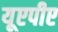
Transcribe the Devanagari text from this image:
यूएपीए